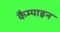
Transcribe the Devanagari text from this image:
कैम्पाइन